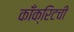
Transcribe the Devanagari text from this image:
काँक्रिटची